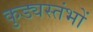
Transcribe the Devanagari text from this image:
कुड्यस्तंभों